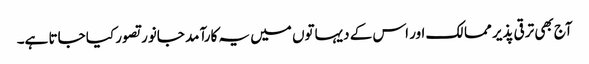
آج بھی ترقی پذیر ممالک اور اس کے دیہاتوں میں یہ کارآمد جانور تصور کیا جاتا ہے۔